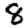
Digit: 8